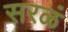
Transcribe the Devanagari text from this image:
सरळं